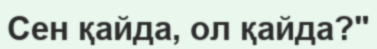
Сен қайда, ол қайда?"